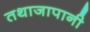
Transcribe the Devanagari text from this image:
तथाजापानी